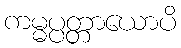
ကမ္မပ္ပတ္တာယောပိ